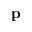
\mathbf p